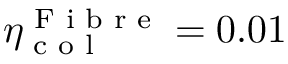
\eta _ { \textrm { c o l } } ^ { \textrm { F i b r e } } = 0 . 0 1